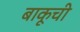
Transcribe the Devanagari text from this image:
बाकूची